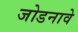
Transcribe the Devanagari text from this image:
जोडनावे